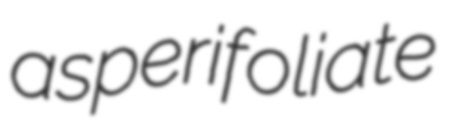
asperifoliate